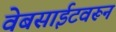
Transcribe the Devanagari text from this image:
वेबसाईटवरून